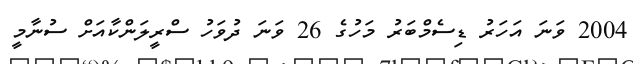
2004 ވަނަ އަހަރު ޑިސެމްބަރު މަހުގެ 26 ވަނަ ދުވަހު ސްރީލަންކާއަށް ސުނާމީ